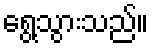
ရွေ့သွားသည်။